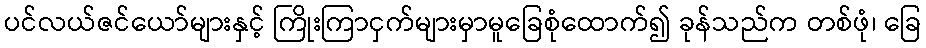
ပင်လယ်ဇင်ယော်များနှင့် ကြိုးကြာငှက်များမှာမူခြေစုံထောက်၍ ခုန်သည်က တစ်ဖုံ၊ ခြေ